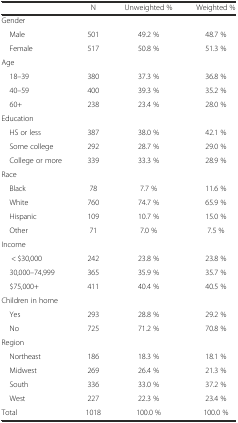
|  | N | Unweighted % | Weighted % |
 | --- | --- | --- | --- |
 | Gender |  |  |  |
 | Male | 501 | 49.2 % | 48.7 % |
 | Female | 517 | 50.8 % | 51.3 % |
 | Age |  |  |  |
 | 18–39 | 380 | 37.3 % | 36.8 % |
 | 40–59 | 400 | 39.3 % | 35.2 % |
 | 60+ | 238 | 23.4 % | 28.0 % |
 | Education |  |  |  |
 | HS or less | 387 | 38.0 % | 42.1 % |
 | Some college | 292 | 28.7 % | 29.0 % |
 | College or more | 339 | 33.3 % | 28.9 % |
 | Race |  |  |  |
 | Black | 78 | 7.7 % | 11.6 % |
 | White | 760 | 74.7 % | 65.9 % |
 | Hispanic | 109 | 10.7 % | 15.0 % |
 | Other | 71 | 7.0 % | 7.5 % |
 | Income |  |  |  |
 | < $30,000 | 242 | 23.8 % | 23.8 % |
 | 30,000–74,999 | 365 | 35.9 % | 35.7 % |
 | $75,000+ | 411 | 40.4 % | 40.5 % |
 | Children in home |  |  |  |
 | Yes | 293 | 28.8 % | 29.2 % |
 | No | 725 | 71.2 % | 70.8 % |
 | Region |  |  |  |
 | Northeast | 186 | 18.3 % | 18.1 % |
 | Midwest | 269 | 26.4 % | 21.3 % |
 | South | 336 | 33.0 % | 37.2 % |
 | West | 227 | 22.3 % | 23.4 % |
 | Total | 1018 | 100.0 % | 100.0 % |